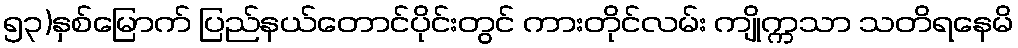
၅၃)နှစ်မြောက် ပြည်နယ်တောင်ပိုင်းတွင် ကားတိုင်လမ်း ကျိုက္ကသာ သတိရနေမိ